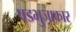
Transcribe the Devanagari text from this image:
षडभुजाकार